Annual report of the Bengal Veterinary College and of the Civil Veterinary Department, Bengal, for the year 1920-21 - 1920-1921
Year: 1920
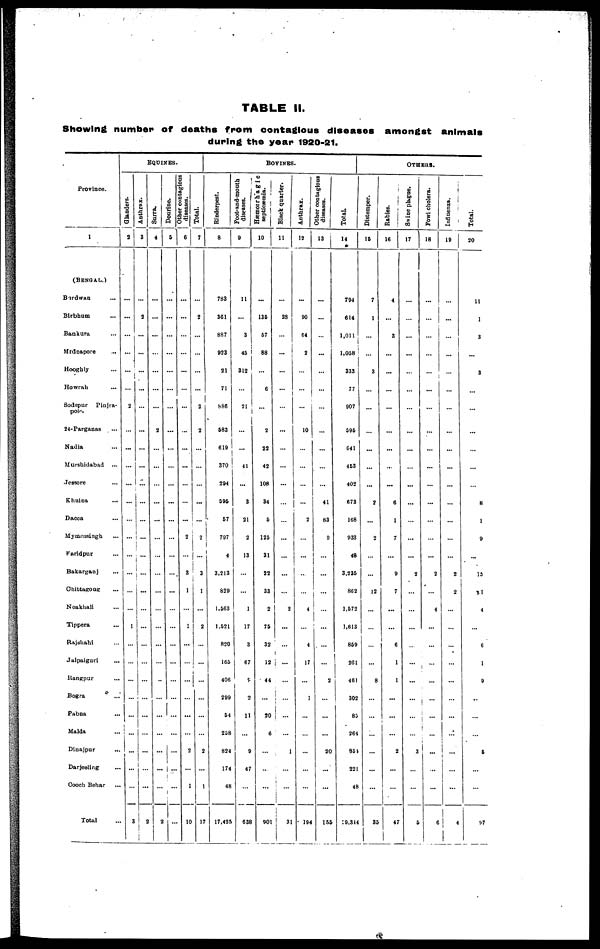
TABLE II.
Showing number of deaths from contagious diseases amongst animals
during the year 1920-21.
Province.
1
(BENGAL.)
Budwan ...
Birbhum ...
Bankura ...
Mrdnapore ...
Hooghly ...
Howrah ...
Sodepur
Pinjra-
pole.
24-Parganas
...
Nadia ...
Murshidabad ...
Jessore ...
Khulna ...
Dacca
Mymensingh ...
Faridpur ...
Bakarganj ...
Chittagong ...
Noakhali ...
Tippera ...
Rajshahi ...
Jalpaiguri ...
Rangpur ...
Bogra ...
Pabna ...
Malda ...
Dinajpur ...
Darjeeling ...
Coach Behar ...
Total ...
EQUINES.
Glanders.
2
...
...
...
...
...
...
2
...
...
...
...
...
...
...
...
...
...
...
...
...
...
...
...
...
...
...
...
...
...
Anthrax.
3
...
1
...
...
...
...
...
...
...
...
...
...
...
...
...
...
...
...
1
...
...
...
...
...
...
...
...
...
3
Surra.
4
...
...
...
...
...
...
...
2
...
...
...
...
...
...
...
...
...
...
...
...
...
...
...
...
...
...
...
...
2
Dourine.
5
...
...
...
...
...
...
...
...
...
...
...
...
...
...
...
...
...
...
...
...
...
...
...
...
...
...
...
...
2
Other contagious
diseases.
6
...
...
...
...
...
...
...
...
...
...
...
...
...
...
...
...
...
...
...
...
...
...
...
...
...
...
...
...
...
| Total.
7
...
2
...
...
...
...
2
2
...
...
...
...
...
...
...
3
...
...
1
...
...
...
...
...
...
2
...
...
10
BOVINES.
Rinderpest.
8
783
361
887
923
21
71
886
583
619
370
294
596
67
797
4
3,213
829
1,563
1,521
820
165
406
299
54
258
824
174
48
17 17,42
Foot-and-mouth
diseases.
9
11
...
3
45
312
...
21
...
...
41
...
3
21
2
13
...
...
1
17
3
67
8
2
11
...
9
47
...
63S
septicæmia.
10
...
135
57
88
...
6
...
2
22
42
108
34
5
125
31
22
33
2
75
32
12
44
...
20
6
...
...
...
90
Black quarter.
11
...
28
...
...
...
...
...
...
...
...
...
...
...
...
...
...
...
2
...
...
...
...
...
...
...
...
...
...
31
Anthrax.
12
...
90
64
2
...
...
...
10
...
...
...
...
2
...
...
...
...
4
...
4
17
...
1
...
...
...
...
...
194
Other contagious
diseases.
13
...
...
...
...
...
...
...
...
...
...
...
41
83
9
...
...
...
...
...
...
...
2
...
...
...
20
...
...
i 156
Total.
14
794
614
1,011
1,058
333
77
907
595
641
453
42
673
168
933
48
3,235
862
1,572
1,613
859
261
461
302
83
264
85
22
48
19,344
OTHERS.
Distemper.
15
7
1
...
...
3
...
...
...
...
...
...
2
...
2
...
...
12
...
...
...
...
8
...
...
...
...
...
...
3 3
Rabies.
16
4
...
3
...
...
...
...
...
...
...
...
6
1
7
...
9
7
...
...
6
1
1
...
...
...
2
...
...
47
Swine plague.
17
...
...
...
...
...
...
...
...
...
...
...
...
...
...
...
2
...
...
...
...
...
...
...
...
...
3
...
...
9
Fowl cholera.
18
...
...
...
...
...
...
...
...
...
...
...
...
...
...
...
2
...
4
...
...
...
...
...
...
...
...
...
...
6
Influenza.
19
...
...
...
...
...
...
...
...
...
...
...
...
...
...
...
2
2
...
...
...
...
...
...
...
...
...
...
...
4
Total.
20
11
1
3
...
3
...
...
...
...
...
...
8
1
9
...
15
31
4
...
6
1
9
...
...
...
5
...
...
97